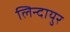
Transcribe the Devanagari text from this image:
लिन्दायुर